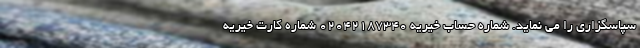
سپاسگزاری را می نماید. شماره حساب خیریه 02042187340 شماره کارت خیریه